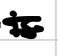
Text: is
Cross-out: double-line
Writing tool: digital_black